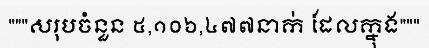
"""សរុបចំនួន ៥,១០៦,៤៧៧នាក់ ដែលក្នុង"""